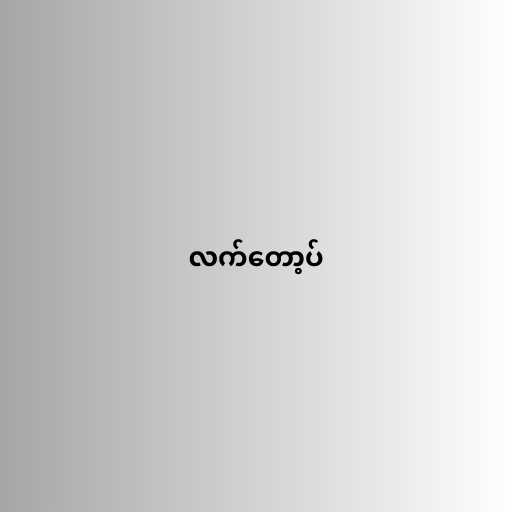
လက်တော့ပ်